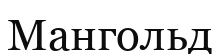
Мангольд